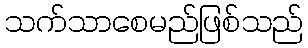
သက်သာစေမည်ဖြစ်သည်